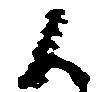
候